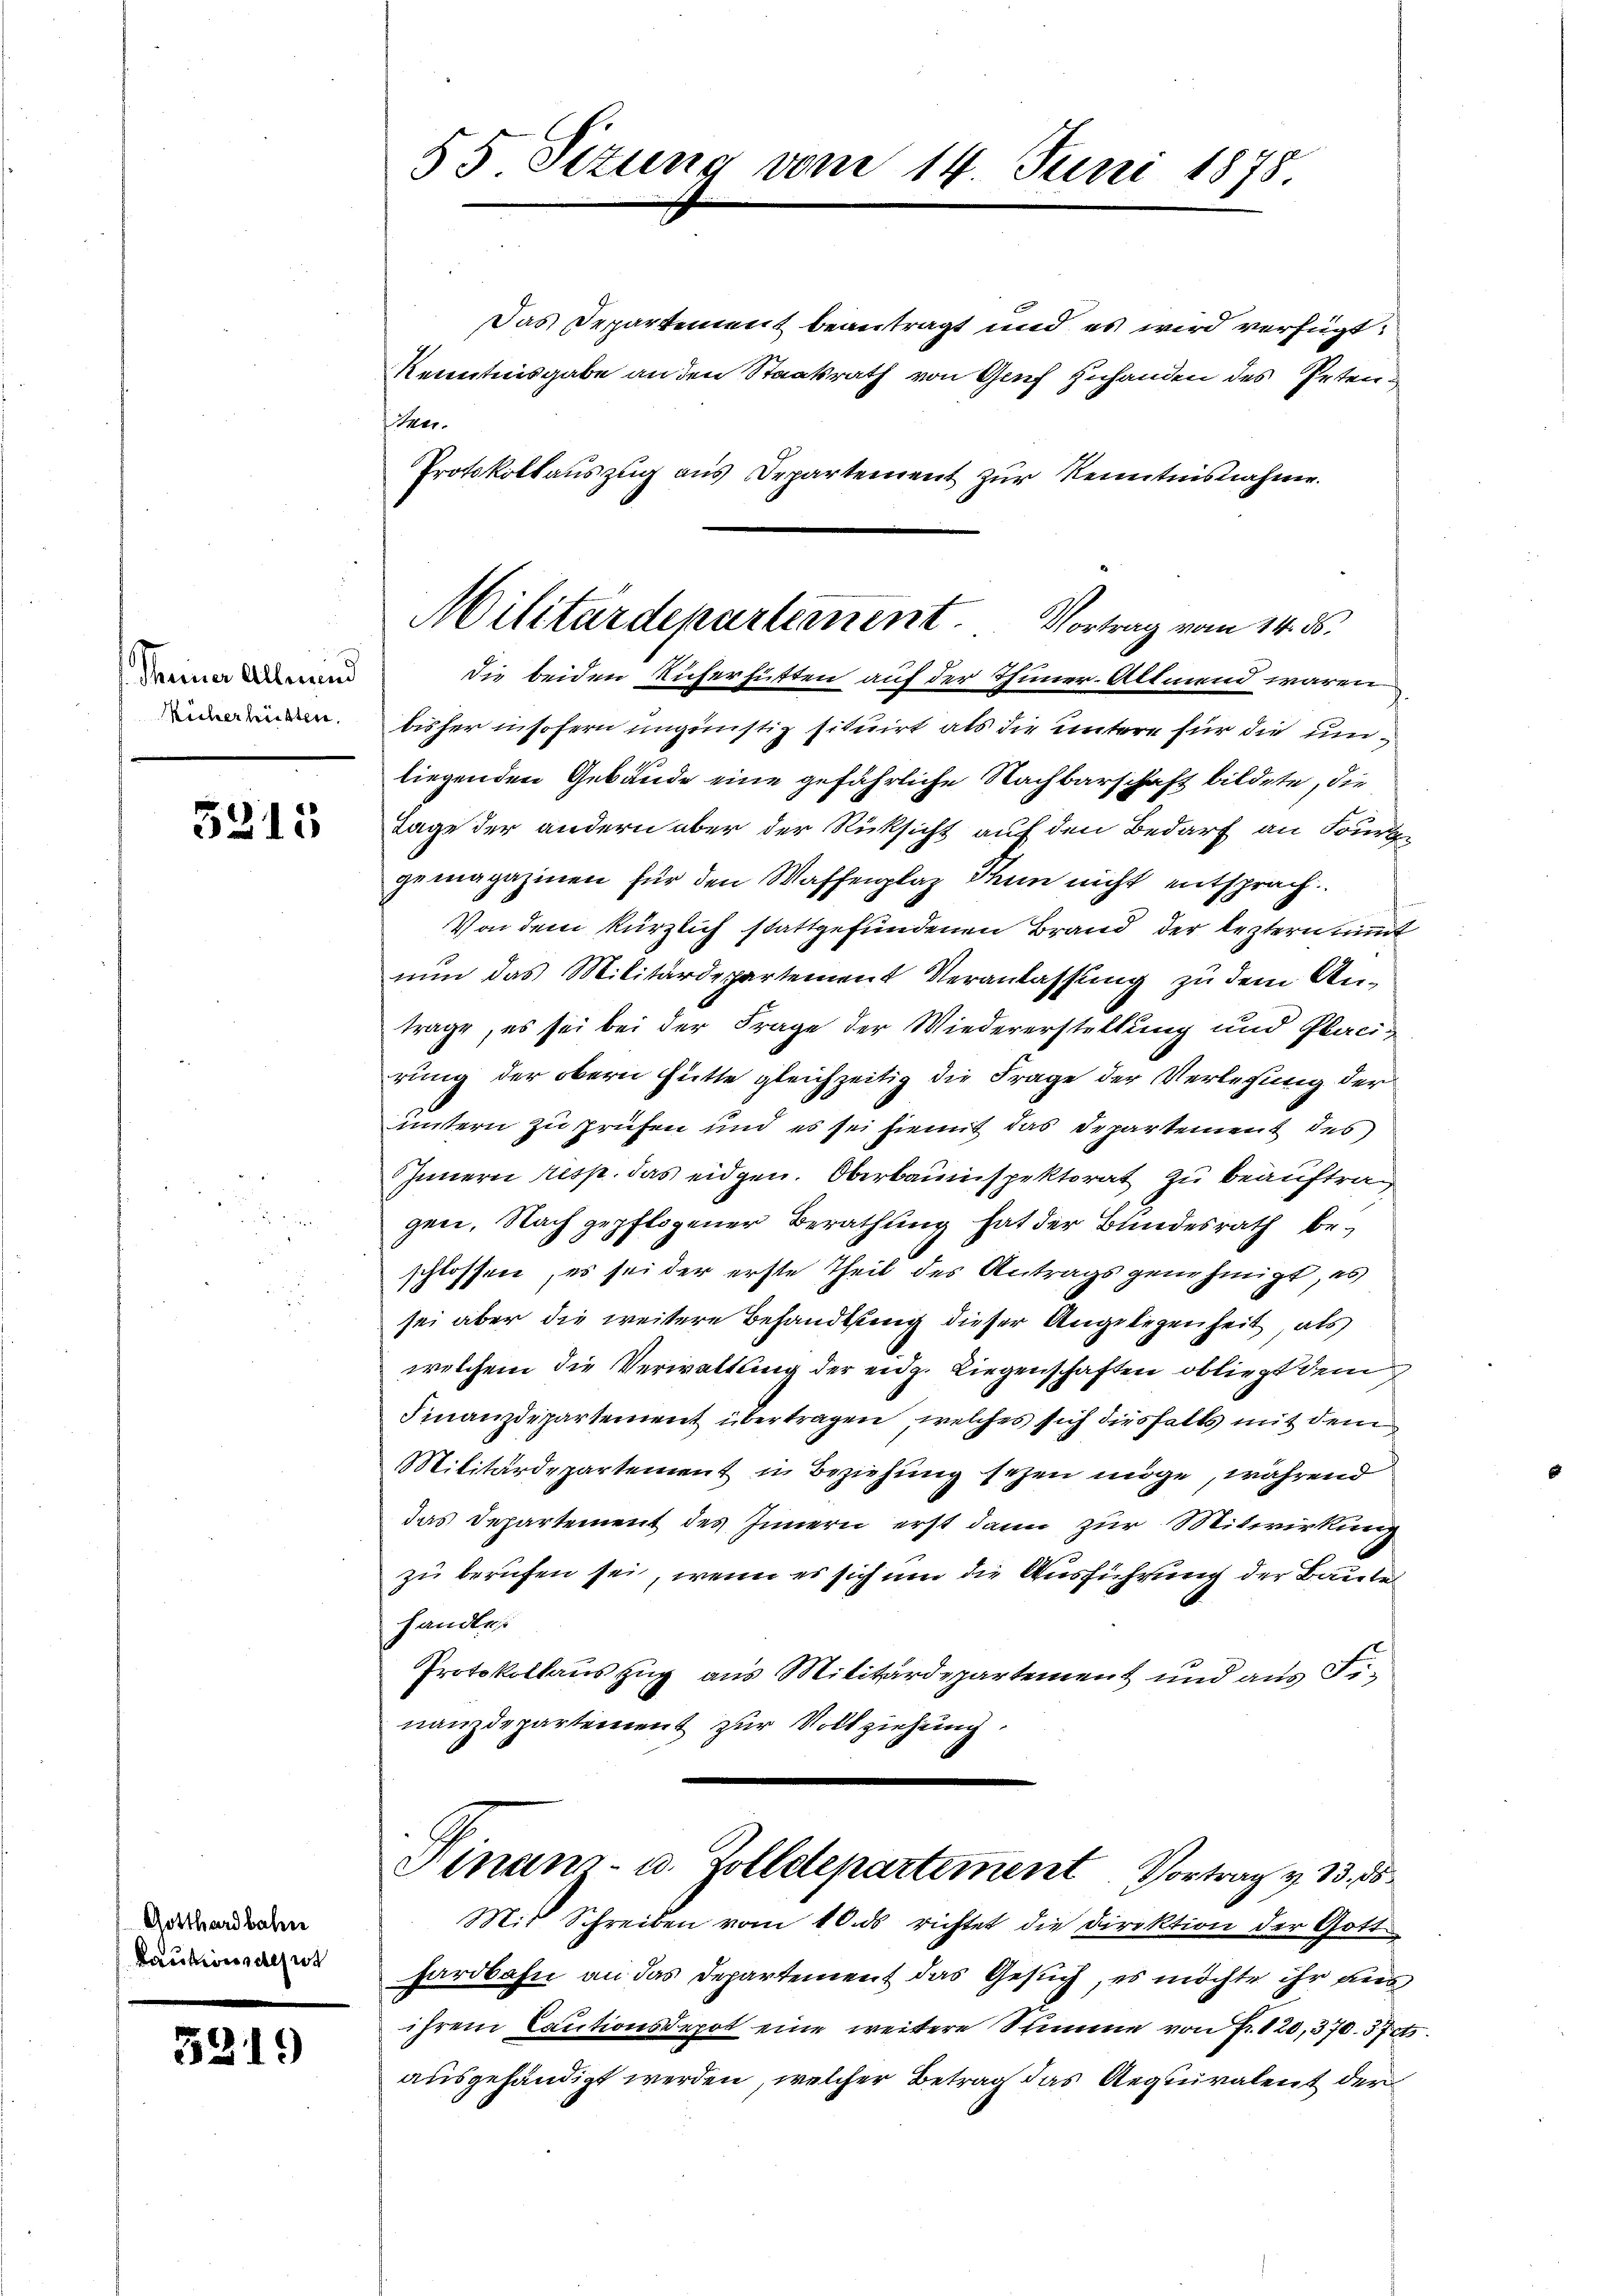
Rheiner Allmend
Rüberlichten.

5315

Gotthardbahn
Laubwürdest

5919

55 Sitzung vom 14. Juni 1878

Das Departement beantragt und es wird verfügt:
Kenntnisgabe an den Staatsrath von Genf zuhanden des Petenten.
Protokollauszug aus Departement zur Kenntnisnahme.
die beiden Richerhütten auf der Thuner-Allmend waren
bisher insofern ungünstig situirt als die untere für die umliegenden Gebäude eine gefährliche Nachbarschaft bildete, die
Tage der andern über der Rücksicht auf den Bedarf an Fourt-
gemagazinen für den Waffenplaz dann nicht entsprach
Von dem kürzlich stattgefundenen Brand der leztern nimmt
nun das Militärdepartement Veranlassung zu dem Antrage, es sei bei der Frage der Wiedererstellung und Placirung der obern Hütte gleichzeitig die Frage der Verlegung der
untern zu prüfen und es sei hiemit das Departement des
Innern resp. das eidgen. Oberbauinspektorat zu beauftrag
gen. Nach gepflogener Berathung hat der Bundesrath beschlossen, es sei der erste Theil des Antrags genehmigt, es
sei aber die weitere Behandlung dieser Angelegenheit, als
welchem die Verwaltung der eidg. Liegenschaften obliegt dem
Finanzdepartement übertragen, welches sich diesfalls mit dem
Militärdepartement in Beziehung sehen möge, während
das Departement des Innern erst dann zur Mitwirkung
zu berufen sei, wenn es sich um die Ausführung der Baute
handle
Protokollaus Zug aus Militärdepartement und aus Finanzdepartement zur Vollziehung.
Finanz- u. Zolldepartement Vortrag v. 13. 35
Mit Schreiben vom 10. ds richtet die Direktion der Gott
hardbahn an das Departement das Gesuch, es möchte ihr aus,
ihrem Cautionsdepot eine weitere Stimme von Fr. 120, 370. 570.
ausgehändigt werden, welcher Betrag das Requivalent der

Militärdepartement. Vortrag vom 14. ds.